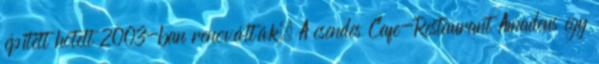
épített hotelt 2003-ban renoválták. A csendes Cafe-Restaurant Amadeus egy